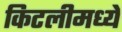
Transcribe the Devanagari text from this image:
किटलीमध्ये